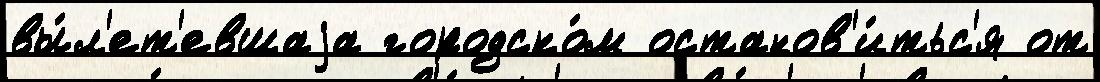
вы́л'ет'евшаjа городско́м останов'и́тьс'я от